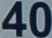
40